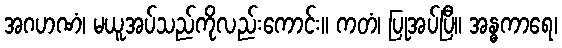
အဂဟဏံ၊ မယူအပ်သည်ကိုလည်းကောင်း။ ကတံ၊ ပြုအပ်ပြီ။ အန္ဓကာရေ၊